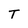
Character: T